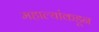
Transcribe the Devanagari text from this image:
महाल्यांकडून